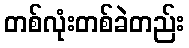
တစ်လုံးတစ်ခဲတည်း